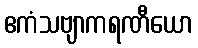
ဧကံသဗျာကရဏီယော